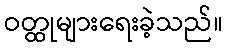
ဝတ္ထုများရေးခဲ့သည်။